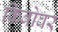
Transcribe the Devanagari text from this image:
किबोवर